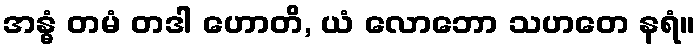
အန္ဓံ တမံ တဒါ ဟောတိ, ယံ လောဘော သဟတေ နရံ။